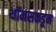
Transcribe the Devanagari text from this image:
थॉमसकडून